Indian journal of veterinary science and animal husbandry - Volumes 24-25, 1954-1955
Year: 1954
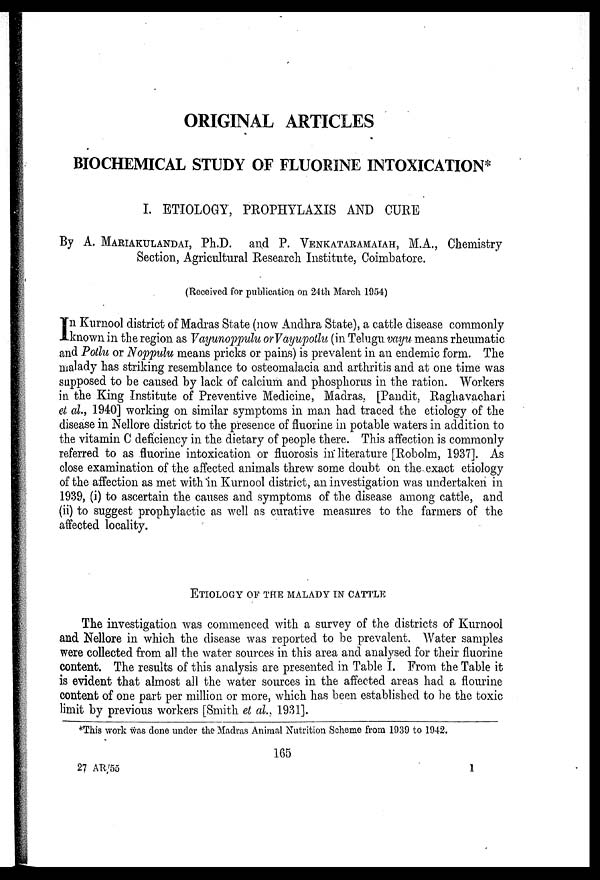
ORIGINAL ARTICLES
BIOCHEMICAL STUDY OF FLUORINE INTOXICATION*
I. ETIOLOGY, PROPHYLAXIS AND CURE
By A. MARIAKULANDAI, Ph.D. and P. VENKATARAMAIAH, M.A., Chemistry
Section, Agricultural Research Institute, Coimbatore.
(Received for publication on 24th March 1954)
I n Kurnool district of Madras State (now Andhra State), a cattle disease commonly
known in the region as Vayunoppulu or Vayupotlu (in Telugu vayu means rheumatic
and Potlu or Noppulu means pricks or pains) is prevalent in an endemic form. The
malady has striking resemblance to osteomalacia and arthritis and at one time was
supposed to be caused by lack of calcium and phosphorus in the ration. Workers
in the King Institute of Preventive Medicine, Madras, [Pandit, Raghavachari
et al., 1940] working on similar symptoms in man had traced the etiology of the
disease in Nellore district to the presence of fluorine in potable waters in addition to
the vitamin C deficiency in the dietary of people there. This affection is commonly
referred to as fluorine intoxication or fluorosis in literature [Robolm, 1937]. As
close examination of the affected animals threw some doubt on the exact etiology
of the affection as met with in Kurnool district, an investigation was undertaken in
1939, (i) to ascertain the causes and symptoms of the disease among cattle, and
(ii) to suggest prophylactic as well as curative measures to the farmers of the
affected locality.
ETIOLOGY OF THE MALADY IN CATTLE
The investigation was commenced with a survey of the districts of Kurnool
and Nellore in which the disease was reported to be prevalent. Water samples
were collected from all the water sources in this area and analysed for their fluorine
content. The results of this analysis are presented in Table I. From the Table it
is evident that almost all the water sources in the affected areas had a flourine
content of one part per million or more, which has been established to be the toxic
limit by previous workers [Smith et al., 1931].
*This work was done under the Madras Animal Nutrition Scheme from 1939 to 1942.
165
27 AR/55
1